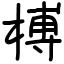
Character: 榑